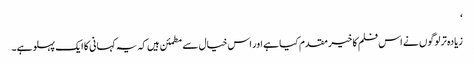
‘
زیادہ تر لوگوں نے اس فلم کا خیر مقدم کیا ہے اور اس خیال سے مطمئن ہیں کہ یہ کہانی کا ایک پہلو ہے۔